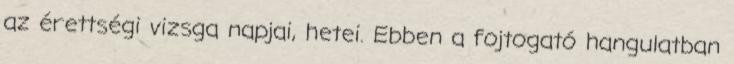
az érettségi vizsga napjai, hetei. Ebben a fojtogató hangulatban